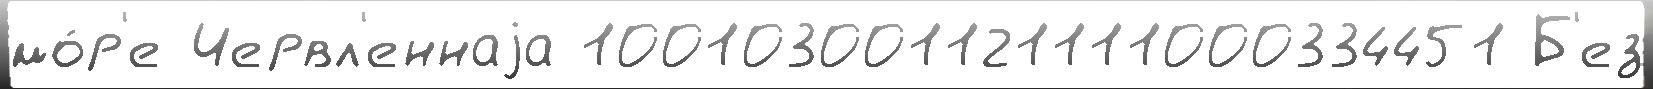
мо́р'е Червл'еннаjа 100103001121111000334451 Б'ез